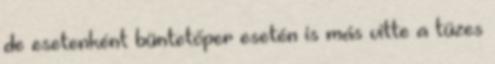
de esetenként büntetőper esetén is más vitte a tüzes